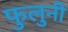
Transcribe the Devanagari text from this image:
फुलुनी